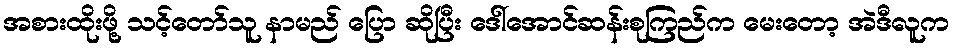
အစားထိုးဖို့ သင့်တော်သူ နာမည် ပြော ဆိုပြီး ဒေါ်အောင်ဆန်းစုကြည်က မေးတော့ အဲဒီလူက